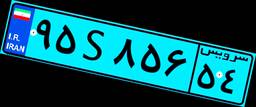
۰۷S۱۷۱۶۷